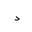
Letter: _dal